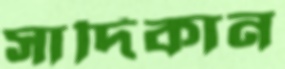
সাদিকান